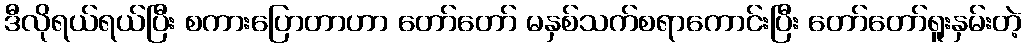
ဒီလိုရယ်ရယ်ပြီး စကားပြောတာဟာ တော်တော် မနှစ်သက်စရာကောင်းပြီး တော်တော်ရူးနှမ်းတဲ့